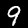
Label: 9